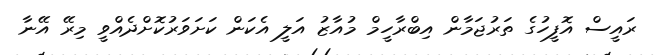
ރައީސް އޮފީހުގެ ތަރުޖަމާން އިބްރާހީމް މުއާޒު އަލީ އެކަން ކަށަވަރުކޮށްދެއްވީ މިރޭ އޭނާ